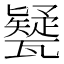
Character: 㽈